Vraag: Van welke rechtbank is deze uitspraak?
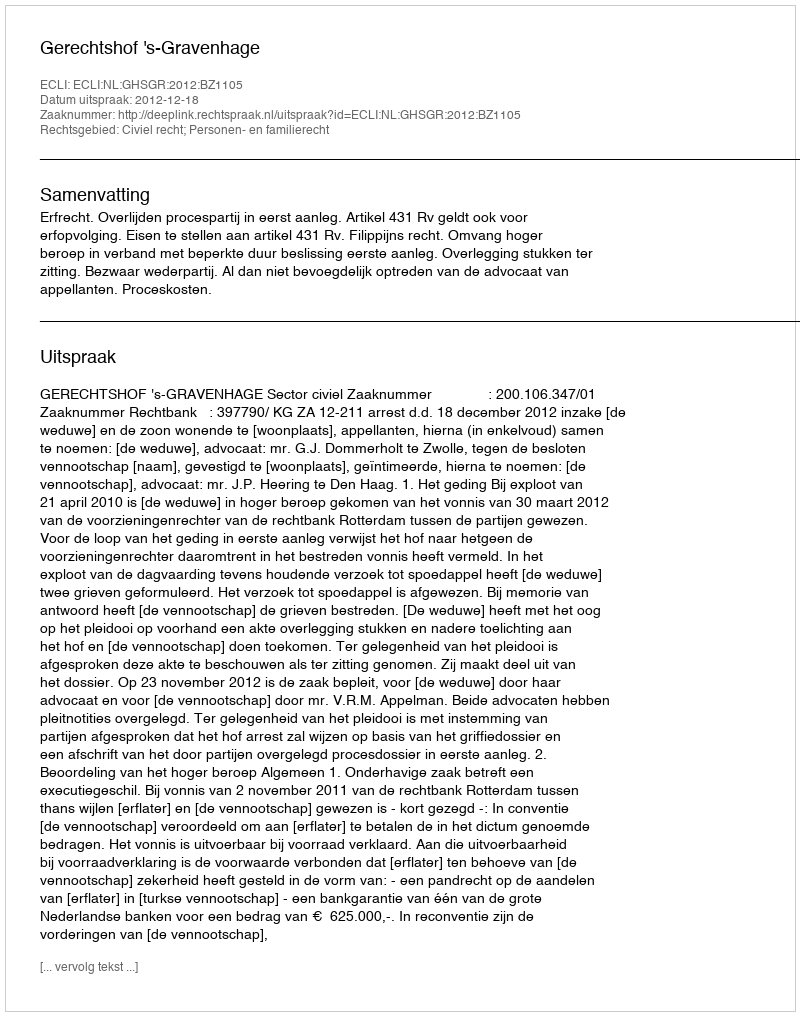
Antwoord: Gerechtshof 's-Gravenhage